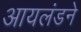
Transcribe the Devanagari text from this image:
आयलंडने